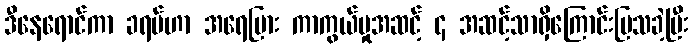
ဒီနေရောင်ကာ ခရမ်ဟာ အရေပြား ကာကွယ်မှုအဆင့် ၄ အဆင့်သာရှိကြောင်းပြသခဲ့ပြီး